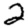
Digit: 2